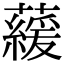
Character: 藧